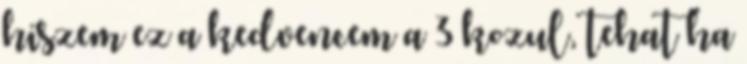
hiszem ez a kedvencem a 3 kozul, tehat ha